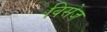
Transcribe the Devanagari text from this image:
विसेज